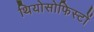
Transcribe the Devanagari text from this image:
थियोसोफिस्टों